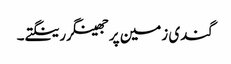
گندی زمین پر جھینگر رینگتے۔